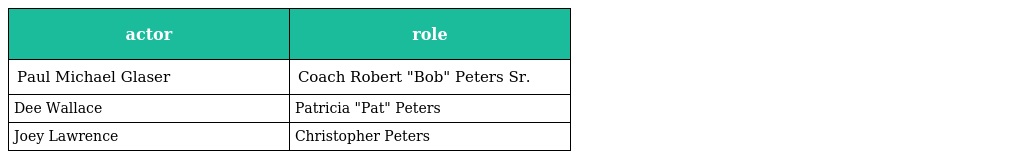
| actor | role |
 | --- | --- |
 | Paul Michael Glaser | Coach Robert "Bob" Peters Sr. |
 | Dee Wallace | Patricia "Pat" Peters |
 | Joey Lawrence | Christopher Peters |